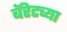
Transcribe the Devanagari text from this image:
बॅरेटच्या